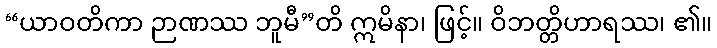
“ယာဝတိကာ ဉာဏဿ ဘူမီ”တိ ဣမိနာ၊ ဖြင့်။ ဝိဘတ္တိဟာရဿ၊ ၏။